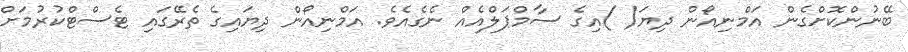
ބޭނުންކޮށްގެން އަމްނިއޯން ދިޔަ( )އިގެ ސާމްޕަލްއެއް ނެގެއެވެ. އަމްނިއޯން ދިޔައިގެ ތެރޭގައި ޓެސްޓްކުރުމަށް